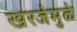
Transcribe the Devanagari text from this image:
खरजेमुळे